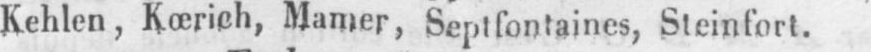
Kehlen, Kœrich, Manier, Septfontaines, Steinfort.